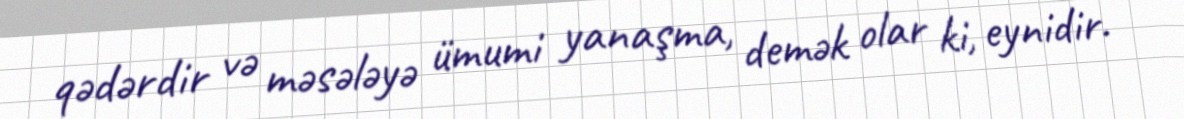
qədərdir və məsələyə ümumi yanaşma, demək olar ki, eynidir.